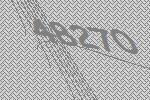
48270